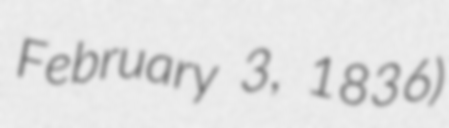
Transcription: February 3, 1836)